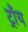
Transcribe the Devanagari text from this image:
ट्राँय